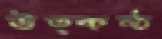
উত্কণ্ঠ